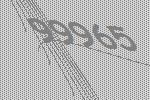
99965